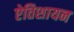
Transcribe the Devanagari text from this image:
ऐतिशायन